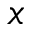
x